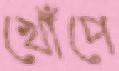
খোঁপে